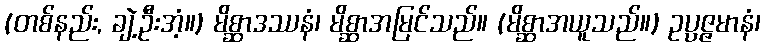
(တစ်နည်း, ချဲ့ဦးအံ့။) မိစ္ဆာဒဿနံ၊ မိစ္ဆာအမြင်သည်။ (မိစ္ဆာအယူသည်။) ဥပ္ပဇ္ဇမာနံ၊